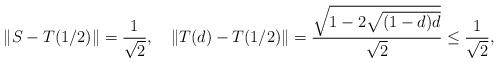
LaTeX: \begin{align*}\|S-T(1/2)\| = \frac{1}{\sqrt{2}}, \ \ \ \|T(d)-T(1/2)\| = \frac{\sqrt{1-2 \sqrt{(1-d) d}}}{\sqrt{2}} \leq \frac{1}{\sqrt{2}},\end{align*}